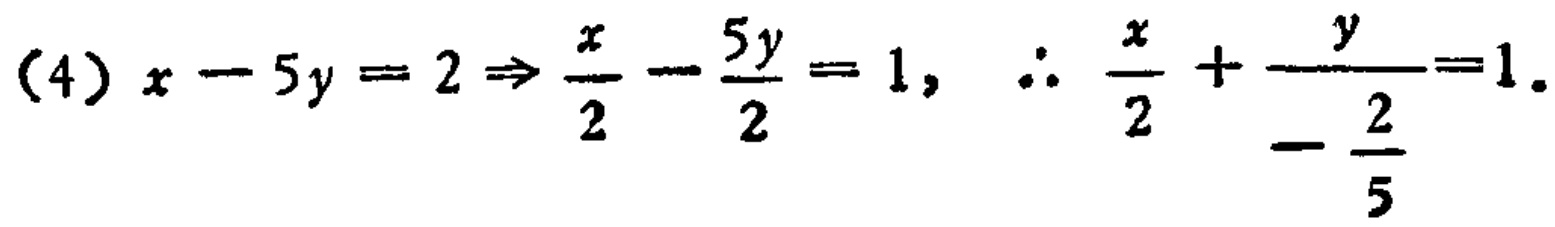
(4) \(x - 5y = 2\Rightarrow\frac{x}{2}-\frac{5y}{2}=1,\therefore\frac{x}{2}+\frac{y}{-\frac{2}{5}} = 1\).